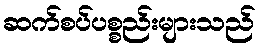
ဆက်စပ်ပစ္စည်းများသည်